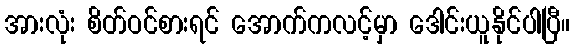
အားလုံး စိတ်ဝင်စားရင် အောက်ကလင့်မှာ ဒေါင်းယူနိုင်ပါပြီ။